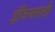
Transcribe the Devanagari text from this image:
इंजिनसाठी